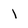
Character: 1